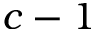
c - 1